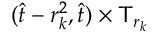
( \hat { t } - r _ { k } ^ { 2 } , \hat { t } ) \times \mathsf T _ { r _ { k } }